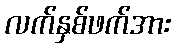
လက်နှစ်ဖက်အား